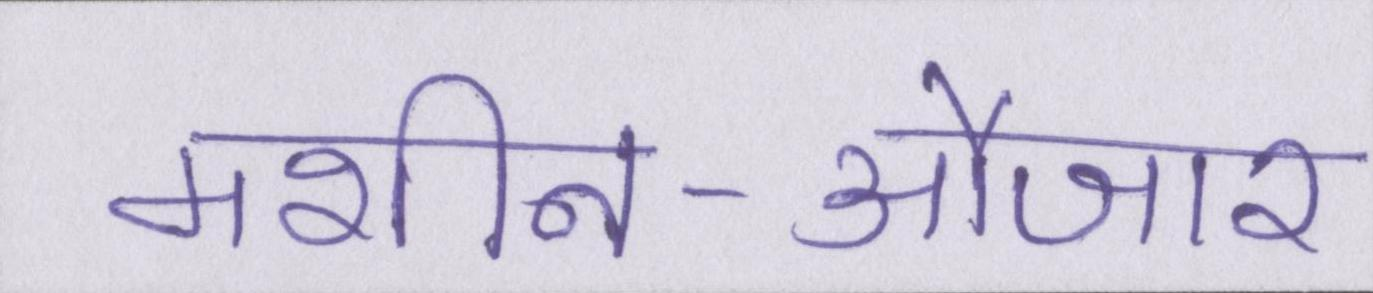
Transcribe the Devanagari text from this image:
मशीन-औजार